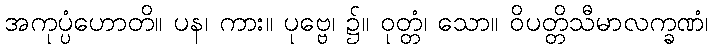
အကုပ္ပံဟောတိ။ ပန၊ ကား။ ပုဗ္ဗေ၊ ၌။ ဝုတ္တံ၊ သော။ ဝိပတ္တိသီမာလက္ခဏံ၊